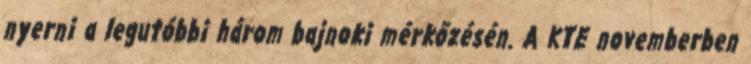
nyerni a legutóbbi három bajnoki mérkőzésén. A KTE novemberben